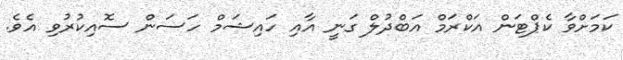
ކަމަށްވާ ކެޕްޓަން އަކްރަމް އަބްދުލް ގަނީ އާއި ހައިޝަމް ހަސަން ސޮއިކުރުވި އެވެ.